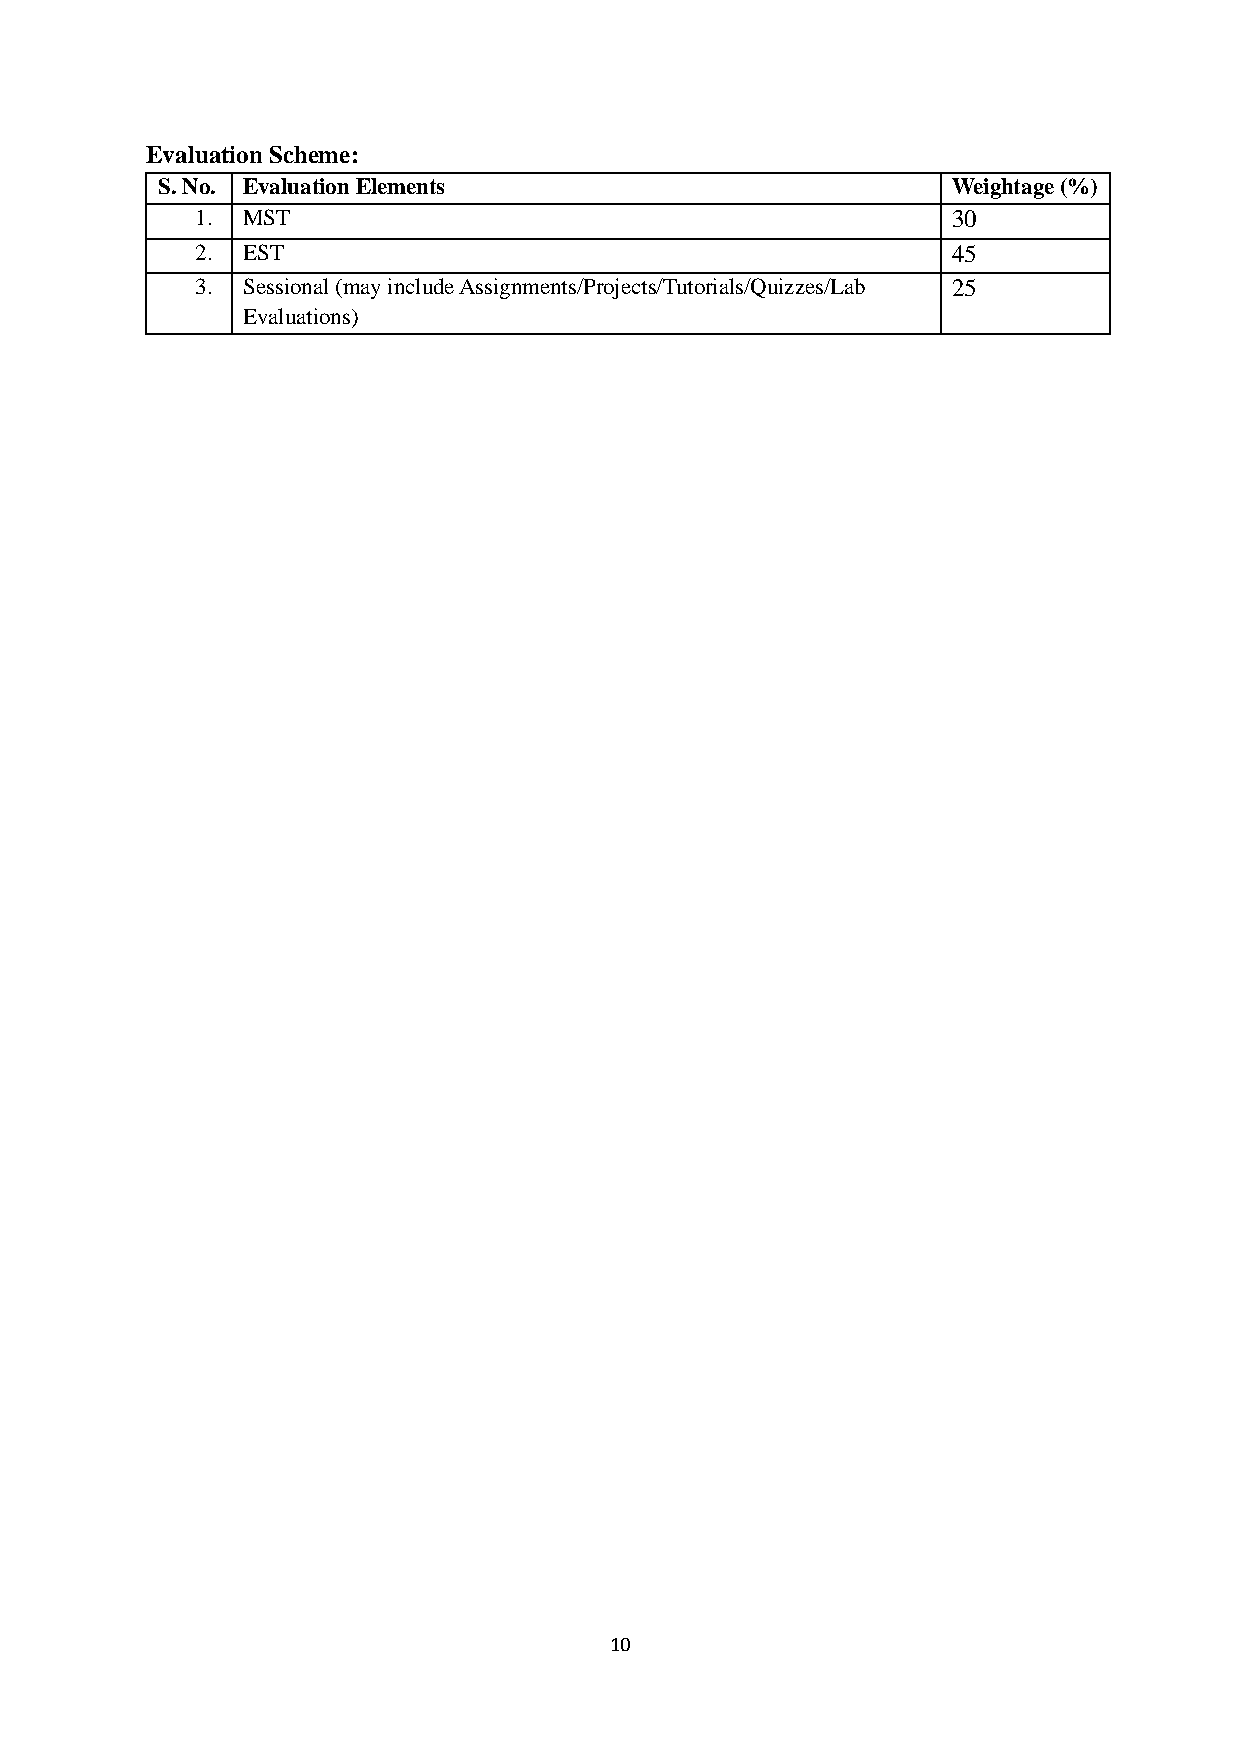
Evaluation Scheme:
 S. No. Evaluation Elements                           Weightage (%)
 1. MST                                            30
 2. EST                                            45
 3. Sessional (may include Assignments/Projects/Tutorials/Quizzes/Lab 25
 Evaluations)
 10